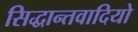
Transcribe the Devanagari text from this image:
सिद्धान्तवादियो